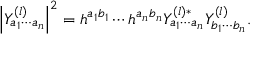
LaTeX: \left| Y _ { a _ { 1 } \cdots a _ { n } } ^ { ( l ) } \right| ^ { 2 } = h ^ { a _ { 1 } b _ { 1 } } \cdots h ^ { a _ { n } b _ { n } } Y _ { a _ { 1 } \cdots a _ { n } } ^ { ( l ) * } Y _ { b _ { 1 } \cdots b _ { n } } ^ { ( l ) } .